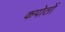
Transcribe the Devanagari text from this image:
कपोतों